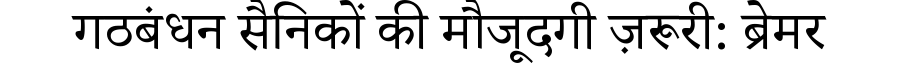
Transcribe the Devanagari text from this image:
गठबंधन सैनिकों की मौजूदगी ज़रूरी: ब्रेमर